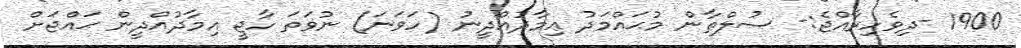
1900 -ދިވެހިރާއްޖެ:- ސުލްޠާން މުޙައްމަދު ޢިމާދުއްދީނު (ހަވަނަ) ނުވަތަ ހާޖީ އިމާދުއްދީން ޙައްޖަށް